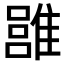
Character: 𩀏